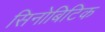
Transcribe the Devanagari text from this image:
सिनोबिटिक